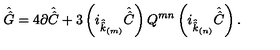
\hat { \hat { G } } = 4 \partial \hat { \hat { C } } + 3 \left( i _ { \hat { \hat { k } } _ { \scriptscriptstyle ( m ) } } \hat { \hat { C } } \right) Q ^ { m n } \left( i _ { \hat { \hat { k } } _ { \scriptscriptstyle ( n ) } } \hat { \hat { C } } \right) .